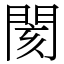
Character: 閡